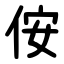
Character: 侒